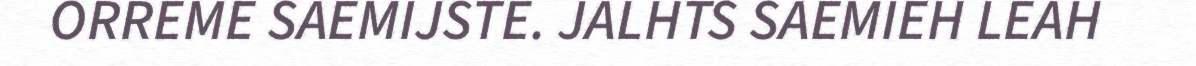
ORREME SAEMIJSTE. JALHTS SAEMIEH LEAH